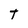
Character: T